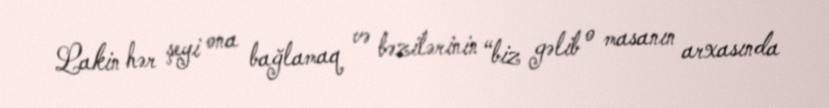
Lakin hər şeyi ona bağlamaq və bəzilərinin “biz gəlib o masanın arxasında